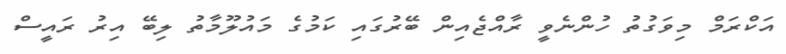
އަކްރަމް މިވަގުތު ހުންނެވީ ރާއްޖެއިން ބޭރުގައި ކަމުގެ މައުލޫމާތު ލިބޭ އިރު ރައީސް